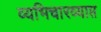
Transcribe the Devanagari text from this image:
व्यभिचारव्याप्त